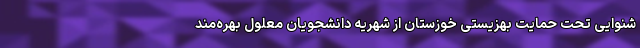
شنوایی تحت حمایت بهزیستی خوزستان از شهریه دانشجویان معلول بهره‌مند